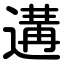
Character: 遘